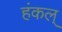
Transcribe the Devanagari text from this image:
हंकल्